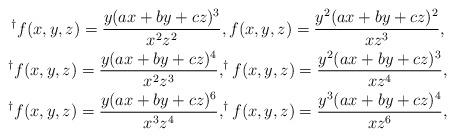
LaTeX: \begin{gather*}^{\dagger}f(x,y,z)=\dfrac{y(ax+by+cz)^3}{x^2z^2},{f(x,y,z)=\dfrac{y^2(ax+by+cz)^2}{xz^{3}}},\\^{\dagger}f(x,y,z)=\dfrac{y(ax+by+cz)^4}{x^2z^{3}},^{\dagger}f(x,y,z)=\dfrac{y^2(ax+by+cz)^3}{xz^{4}},\\^{\dagger}f(x,y,z)=\dfrac{y(ax+by+cz)^6}{x^3z^{4}},^{\dagger}f(x,y,z)=\dfrac{y^3(ax+by+cz)^4}{xz^{6}},\end{gather*}